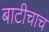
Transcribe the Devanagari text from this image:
बाटीचाच